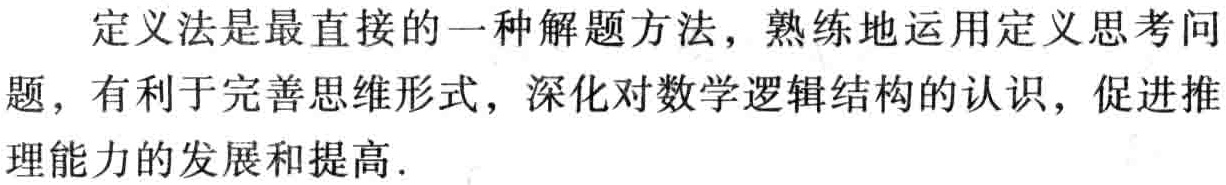
定义法是最直接的一种解题方法，熟练地运用定义思考问题，有利于完善思维形式，深化对数学逻辑结构的认识，促进推理能力的发展和提高.